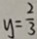
y = \frac { 2 } { 3 }